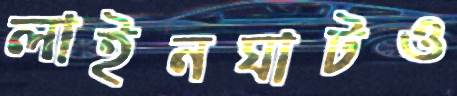
লাইনঘাটও